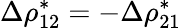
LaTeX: \Delta\rho_{12}^{*}=-\Delta\rho_{21}^{*}